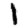
Digit: 1